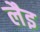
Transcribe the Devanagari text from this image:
लैइ